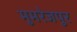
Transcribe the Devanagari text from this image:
मुमरेजपुर